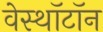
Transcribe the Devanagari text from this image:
वेस्थॉटॉन